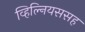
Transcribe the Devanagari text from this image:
व्हिल्नियससह